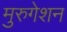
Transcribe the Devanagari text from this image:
मुरुगेशन